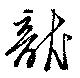
龍